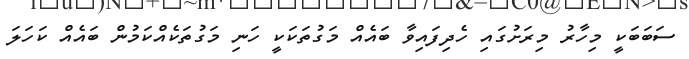
ސަބަބަކީ މިހާރު މިރަށުގައި ހެދިފައިވާ ބައެއް މަގުތަކަކީ ހަނި މަގުތަކެއްކަމުން ބައެއް ކަހަލަ